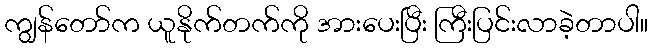
ကျွန်တော်က ယူနိုက်တက်ကို အားပေးပြီး ကြီးပြင်းလာခဲ့တာပါ။